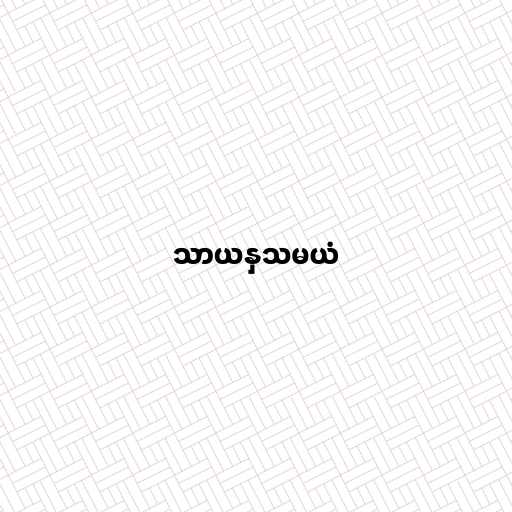
သာယနှသမယံ